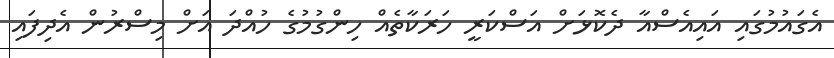
އެގައުމުގައި އައިއެސްއާ ދެކޮޅަށް އަސްކަރީ ހަރަކާތެއް ހިންގުމުގެ ހުއްދަ އަށް މިސްރުން އެދިފައި